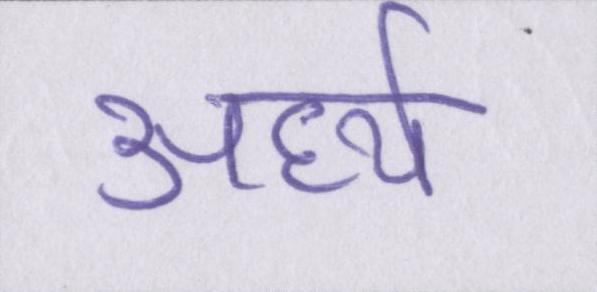
अर्ध्य